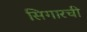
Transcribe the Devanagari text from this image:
सिगारची